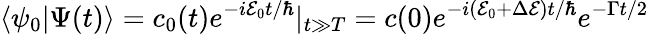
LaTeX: \langle\psi_{0}|\Psi(t)\rangle=c_{0}(t)e^{-i\mathcal{E}_{0}t/\hbar}|_{t\gg T}=c(0)e^{-i(\mathcal{E}_{0}+\Delta\mathcal{E})t/\hbar}e^{-\Gamma t/2}